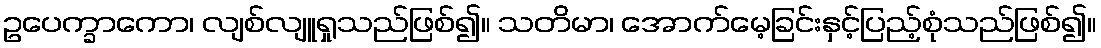
ဥပေက္ခာကော၊ လျစ်လျူရှုသည်ဖြစ်၍။ သတိမာ၊ အောက်မေ့ခြင်းနှင့်ပြည့်စုံသည်ဖြစ်၍။